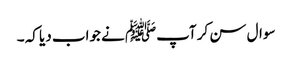
سوال سن کر آپﷺ نے جواب دیا کہ ۔